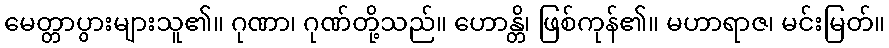
မေတ္တာပွားများသူ၏။ ဂုဏာ၊ ဂုဏ်တို့သည်။ ဟောန္တိ၊ ဖြစ်ကုန်၏။ မဟာရာဇ၊ မင်းမြတ်။